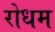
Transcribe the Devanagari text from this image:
रोधम